Lunatic asylums in Bengal annual reports 1888-1898 - 1888-1898
Year: 1888
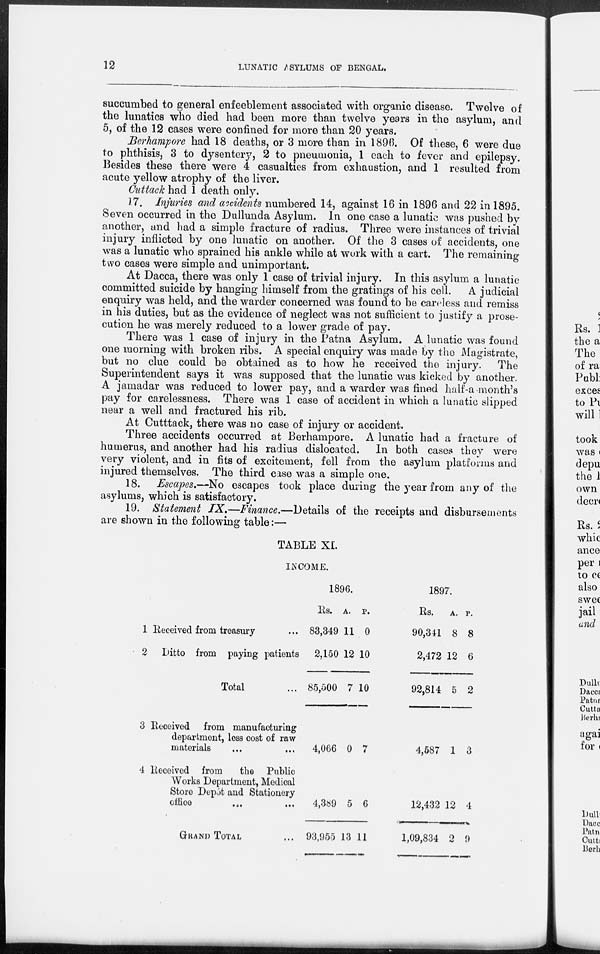
12
LUNATIC ASYLUMS OF BENGAL.
succumbed to general enfeeblement associated with organic disease. Twelve of
the lunatics who died had been more than twelve years in the asylum, and
5, of the 12 cases were confined for more than 20 years.
Berhampore had 18 deaths, or 3 more than in 1896. Of these, 6 were due
to phthisis, 3 to dysentery, 2 to pneumonia, 1 each to fever and epilepsy.
Besides these there were 4 casualties from exhaustion, and 1 resulted from
acute yellow atrophy of the liver.
Cuttack had 1 death only.
17. Injuries and accidents numbered 14, against 16 in 1896 and 22 in 1895.
Seven occurred in the Dullunda Asylum. In one case a lunatic was pushed by
another, and had a simple fracture of radius. Three were instances of trivial
injury inflicted by one lunatic on another. Of the 3 cases of accidents, one
was a lunatic who sprained his ankle while at work with a cart. The remaining
two cases were simple and unimportant.
At Dacca, there was only 1 case of trivial injury. In this asylum a lunatic
committed suicide by hanging himself from the gratings of his cell. A judicial
enquiry was held, and the warder concerned was found to be careless and remiss
in his duties, but as the evidence of neglect was not sufficient to justify a prose-
cution he was merely reduced to a lower grade of pay.
There was 1 case of injury in the Patna Asylum. A lunatic was found
one morning with broken ribs. A special enquiry was made by the Magistrate,
but no clue could be obtained as to how he received the injury.
The
Superintendent says it was supposed that the lunatic was kicked by another.
A jamadar was reduced to lower pay, and a warder was fined half-a-month's
pay for carelessness. There was 1 case of accident in which a lunatic slipped
near a well and fractured his rib.
At Cutttack, there was no case of injury or accident.
Three accidents occurred at Berhampore. A lunatic had a fracture of
humerus, and another had his radius dislocated. In both cases they were
very violent, and in fits of excitement, fell from the asylum platforms and
injured themselves. The third case was a simple one.
18. Escapes.—No escapes took place during the year from any of the
asylums, which is satisfactory.
19. Statement IX.—Finance.—Details of the receipts and disbursements
are shown in the following table:—
TABLE XI.
INCOME.
1
2
Received from treasury ...
Ditto from paying patients
Total ...
3
4
Received from manufacturing
department, loss cost of raw
materials
Received from
the Public
Works Department, Medical
Store Depôt and Stationery
office ... ... ...
GRAND TOTAL ...
1896.
Rs.
83,349
2,150
85,500
4,066
4,389
93,955
A.
11
12
7
0
5
13
P.
0
10
10
7
6
11
1897.
Rs.
90,341
2,472
92,814
4,587
12,432
1,09,834
A.
8
12
5
1
12
2
P.
8
6
2
3
4
9